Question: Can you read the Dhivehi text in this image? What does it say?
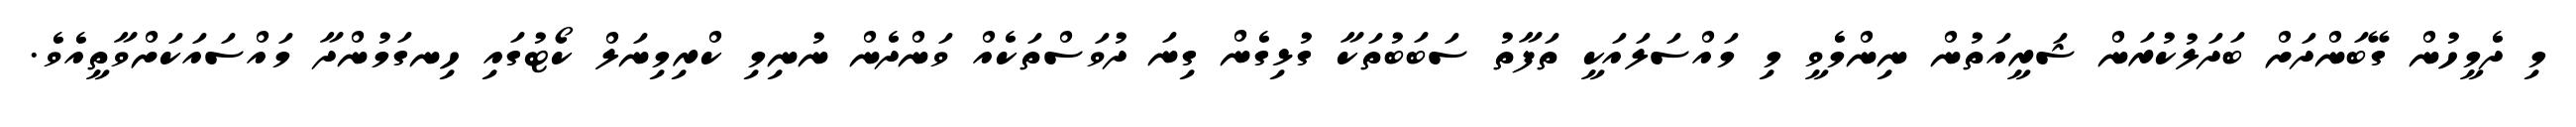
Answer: މި ދެމީހުން ގޭބަންދަށް ބަދަލުކުރަން ޝަރީއަތުން ނިންމެވީ މި މައްސަލައަކީ ތަފާތު ސަބަބުތަކާ ގުޅިގެން ގިނަ ދުވަސްތަކެއް ވަންދެން ނުނިމި ކްރިމިނަލް ކޯޓުގައި ހިނގަމުންދާ މައްސައަކަށްވާތީއެވެ.